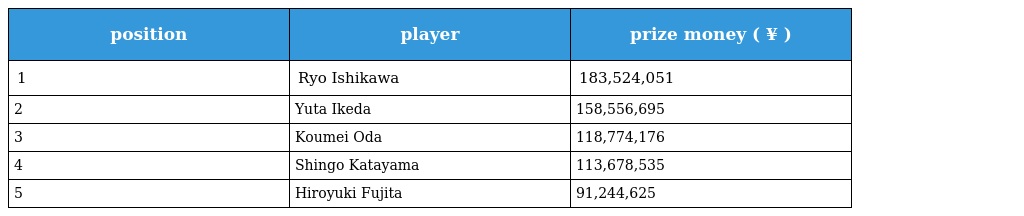
| position | player | prize money ( ¥ ) |
 | --- | --- | --- |
 | 1 | Ryo Ishikawa | 183,524,051 |
 | 2 | Yuta Ikeda | 158,556,695 |
 | 3 | Koumei Oda | 118,774,176 |
 | 4 | Shingo Katayama | 113,678,535 |
 | 5 | Hiroyuki Fujita | 91,244,625 |